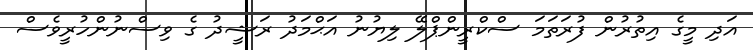
އަދި މީގެ އިތުރުން ފުރަތަމަ ސްކްރީންޕްލޭ ލިޔުނު އަޙްމަދު ރަޝީދު ގެ ވިސްނުންހުރީވެސް